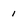
Character: 1